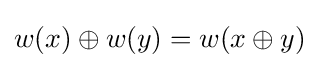
w(x)\oplus w(y)=w(x\oplus y)